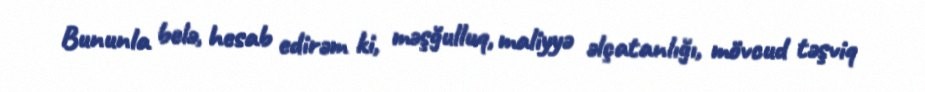
Bununla belə, hesab edirəm ki, məşğulluq, maliyyə əlçatanlığı, mövcud təşviq